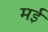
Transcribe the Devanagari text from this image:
मर्इ